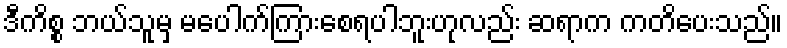
ဒီကိစ္စ ဘယ်သူမှ မပေါက်ကြားစေရပါဘူးဟုလည်း ဆရာက ကတိပေးသည်။